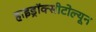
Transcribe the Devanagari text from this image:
हाइड्रॉक्सीटोल्यून